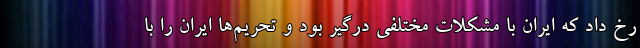
رخ داد که ایران با مشکلات مختلفی درگیر بود و تحریم‌ها ایران را با